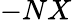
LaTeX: -NX